Dysentery and liver abscess in Bombay - Number 47
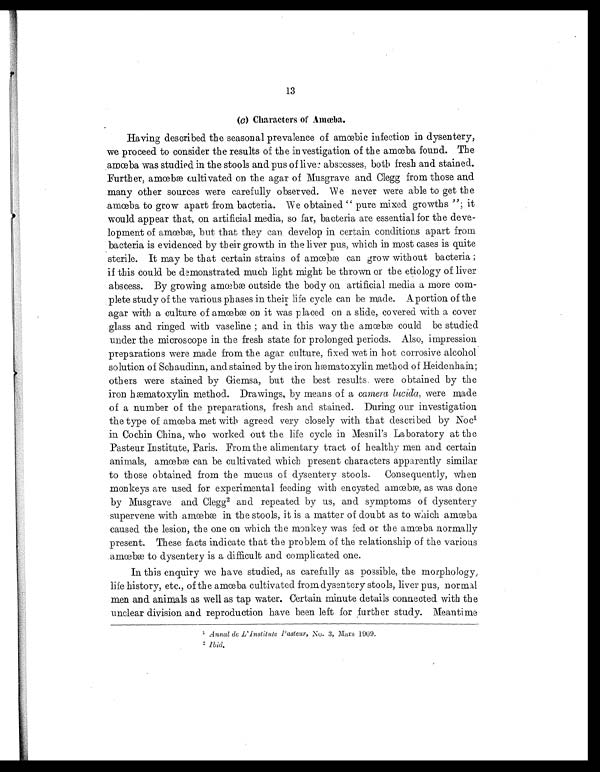
13
(c) Characters of Amœba.
Havi ng descri bed t he seasonal preval ence of amœbi c i nf ect i on i n dysent ery,
we proceed to consider the results of the investigation of the amœba found. The
amœba was studied in the stools and pus of liver abscesses, both fresh and stained.
F u r t h e r , a m œ b æ c u l t i v a t e d o n t h e a g a r o f M u s g r a v e a n d C l e g g f r o m t h o s e a n d
many other sources were carefully observed. We never were able to get the
a m œ b a t o g r o w a p a r t f r o m b a c t e r i a . W e o b t a i n e d " p u r e m i x e d g r o w t h s " ; i t
would appear that, on artificial media, so far, bacteria are essential for the deve
- l o p m e n t o f a m œb æ , b u t t h a t t h e y c a n d e v e l o p i n c e r t a i n c o n d i t i o n s a p a r t f r o m
bacteria is evidenced by their growth in the liver pus, which in most cases is quite
st eri l e. I t may be t hat cert ai n st rai ns of amœbæ can grow wi t hout bact eri a ;
if this could be demonstrated much light might be thrown or the etiology of liver
abscess. By growing amœbæ outside the body on artificial media a more com
-plete study of the various phases in their life cycle can be made. A portion of the
agar wi t h a c ul t ur e of amœbæ on i t was pl ac ed on a s l i de, c ov er ed wi t h a c ov er
gl ass and ri nged wi th vasel i ne ; and i n thi s way the amœbæ coul d be studi ed
under the microscope in the fresh state for prolonged periods. Also, impression
preparations were made from the agar culture, fixed wet in hot corrosive alcohol
s o l u t i o n o f S c h a u d i n n , a n d s t a i n e d b y t h e i r o n h æ m a t o x y l i n m e t h o d o f H e i d e n h a i n ;
others were stained by Giemsa, but the best results were obtained by the
iron hæmatoxylin method. Drawings, by means of a camera lucida, were made
of a number of the preparations, fresh and stained. During our investigation,
t h e t y p e o f a m œb a m e t w i t h a g r e e d v e r y c l o s e l y w i t h t h a t d e s c r i b e d b y N o c 1
in Cochin China, who worked out the life cycle in Mesnil's Laboratory at the
Pasteur Institute, Paris. From the alimentary tract of healthy men and certain
a n i m a l s , a m œb æ c a n b e c u l t i v a t e d w h i c h p r e s e n t c h a r a c t e r s a p p a r e n t l y s i m i l a r
to those obtained from the mucus of dysentery stools. Consequently, when
monkeys are used for experimental feeding with encysted amœbæ, as was done
by Musgrave and Clegg 2 and repeated by us, and symptoms of dysentery
s u p e r v e n e w i t h a mœb æ i n t h e s t o o l s , i t i s a ma t t e r o f d o u b t a s t o w h i c h a mœb a
caused the lesion, the one on which the monkey was fed or the amœba normally
present. These facts indicate that the problem of the relationship of the various
a m œ b æ t o d y s e n t e r y i s a d i f f i c u l t a n d c o m p l i c a t e d o n e .
In this enquiry we have studied, as carefully as possible, the morphology,
l i f e h i s t o r y , e t c . , o f t h e a mœb a c u l t i v a t e d f r o m d y s e n t e r y s t o o l s , l i v e r p u s , n o r ma l
men and animals as well as tap water. Certain minute details connected with the
uncl ear di vi si on and reproducti on have been l eft for further study. Meanti me
1A
n n a l d e L ' I n s t i t u t e P a s t e u r
, No. : 3, Mars 1999.
2Ibid.